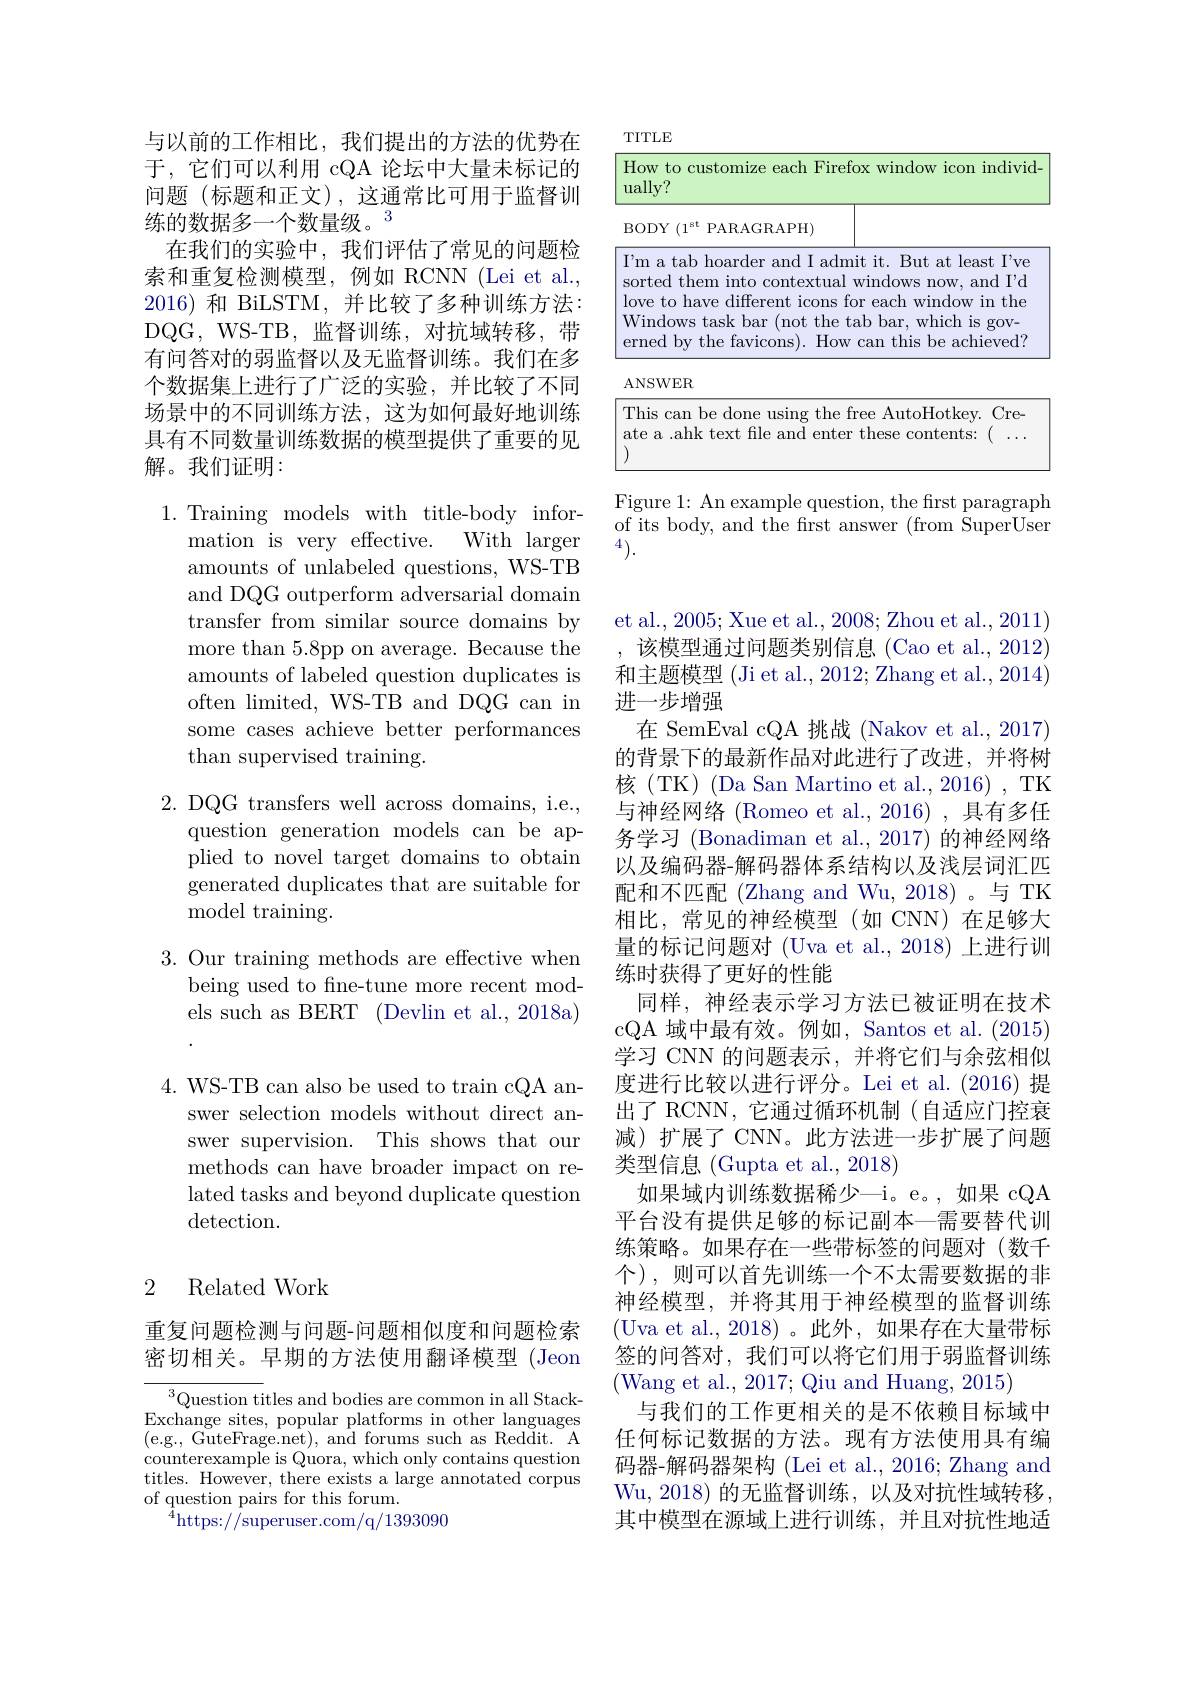
与以前的工作相比，我们提出的方法的优势在于，它们可以利用 cQA 论坛中大量未标记的问题(标题和正文),这通常比可用于监督训练的数据多一个数量级。3
在我们的实验中，我们评估了常见的问题检索和重复检测模型，例如 RCNN (Lei et al., 2016)和 BiLSTM,并比较了多种训练方法： DQG, WS- TB, 监 督 训 练 , 对 抗 域 转 移 , 带 有问答对的弱监督以及无监督训练。我们在多个数据集上进行了广泛的实验，并比较了不同场景中的不同训练方法，这为如何最好地训练具有不同数量训练数据的模型提供了重要的见解。我们证明：

1.Training models with title-body infor-
With larger
mation is very effective.
amounts of unlabeled questions, WS-TB and DQG outperform adversarial domain transfer from similar source domains by more than 5.8pp on average. Because the amounts of labeled question duplicates is often limited, WS-TB and DQG can in some cases achieve better performances than supervised training.

2. DQG transfers well across domains, i.e.,
question generation models can be applied to novel target domains to obtain generated duplicates that are suitable for ${\mathrm{model~training.}}$

3. Our training methods are effective when
being used to fine-tune more recent models such as BERT (Devlin et al., 2018a)

4. WS-TB can also be used to train cQA an-
swer selection models without direct answer supervision. This shows that our methods can have broader impact on related tasks and beyond duplicate question detection.

### 2 Related Work

重复问题检测与问题-问题相似度和问题检索密切相关。早期的方法使用翻译模型(Jeon

$^{3}$Question titles and bodies are common in all Stack- $\begin{array}{l}{\mathrm{Exchange~sites,~popular~platforms~in~other~languages}}\\{(\mathrm{e.g.,~GuteFrage.net}),~\mathrm{and~forums~such~as~Reddit.~A}}\end{array}$ counterexample is Quora, which only contains question titles. However, there exists a large annotated corpus of question pairs for this forum.
${}^{\tilde{4}}$https:$/\tilde{}/$superuser.com/q/1393090

<table>
	<tbody>
		<tr>
			<th>$H$ $ui$</th>
			<th>$\texttt{stomize each Firefox window icon individ- }$</th>
		</tr>
		<tr>
			<td>B</td>
			<td>PARAGRAPH)</td>
		</tr>
		<tr>
			<td>$I$, $SC$ $lo$</td>
			<td>hoarder and I admit it. But at least I've em into contextual windows now, and I'd ve different icons for each window in the</td>
		</tr>
		<tr>
			<td>$A$</td>
			<td> </td>
		</tr>
		<tr>
			<td>$T.$ at</td>
			<td>be done using the free AutoHotkey. Cre {:}text file and enter these contents:(${\ldots}$</td>
		</tr>
	</tbody>
</table>
paragraph
question

of its body, and the first answer (from SuperUser
4).

et al., 2005; Xue et al., 2008; Zhou et al., 2011)
该模型通过问题类别信息 (Cao et al., 2012) 和主题模型 (Ji et al., 2012; Zhang et al., 2014) 进一步增强
在 SemEval cQA 挑战 (Nakov et al., 2017) 的背景下的最新作品对此进行了改进，并将树核(TK)(DaSan Martino et al., 2016) , TK 与神经网络 (Romeo et al., 2016) , 具有多任务学习 (Bonadiman et al.,2017) 的神经网络以及编码器-解码器体系结构以及浅层词汇匹配和不匹配(Zhang and Wu, 2018)。与 TK 相比，常见的神经模型(如 CNN)在足够大量的标记问题对(Uva et al.,2018)上进行训练时获得了更好的性能
同样，神经表示学习方法已被证明在技术cQA 域中最有效。例如，Santos et al. (2015) 学习 CNN 的问题表示，并将它们与余弦相似度进行比较以进行评分。Lei et al.(2016) 提出了 RCNN, 它通过循环机制(自适应门控衰减)扩展了 CNN。此方法进一步扩展了问题类型信息 (Gupta et al., 2018)
如果域内训练数据稀少—i。e。,如果 cQA 平台没有提供足够的标记副本—需要替代训练策略。如果存在一些带标签的问题对(数千个),则可以首先训练一个不太需要数据的非神经模型，并将其用于神经模型的监督训练(Uva et al.,2018)。此外，如果存在大量带标签的问答对，我们可以将它们用于弱监督训练(Wang et al., 2017; Qiu and Huang, 2015)
与我们的工作更相关的是不依赖目标域中任何标记数据的方法。现有方法使用具有编码器-解码器架构 (Lei et al., 2016; Zhang and Wu,2018)的无监督训练，以及对抗性域转移， 其中模型在源域上进行训练，并且对抗性地适